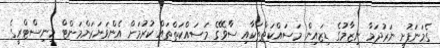
ގެމަނަފުށީ ނަރުދަމާ ނިޒާމުގެ ޑިޒައިން މަސައްކަތްތަކާއި ސާވޭގެ މަސައްކަތްތައް ކުރުމަށް އެންވަޔަރަންމަންޓް މިނިސްޓްރީގެ